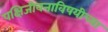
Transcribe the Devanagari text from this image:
पक्षिजीवनाविषयीच्या